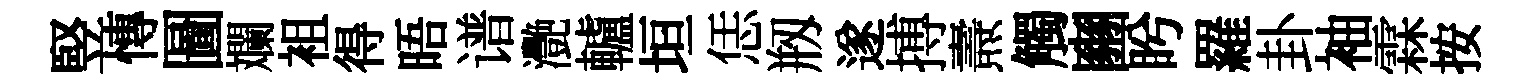
竪慱圖斕袓得晤谱灧轤垣恁剏遂搏燾觸豳盻羅卦袖霖按